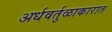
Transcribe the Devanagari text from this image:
अर्धवर्तुळाकारात